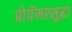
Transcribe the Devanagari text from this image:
प्रोग्रॅमरसुद्धा